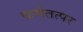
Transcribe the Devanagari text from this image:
कर्मतत्पर